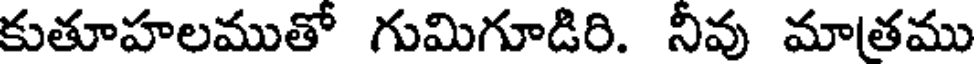
కుతూహలముతో గుమిగూడిరి. నీవు మాతము